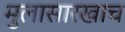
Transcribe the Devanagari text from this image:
मुलासारखाच